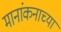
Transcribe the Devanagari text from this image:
मानांकनाच्या